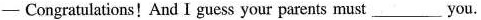
-Congratulations!And I guess your parents must ___ you.